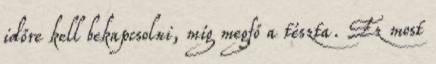
időre kell bekapcsolni, míg megfő a tészta. Ez most